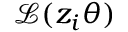
\mathcal { L } ( z _ { i } \theta )